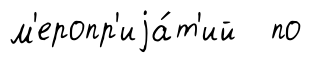
м'еропр'иjа́т'ий по